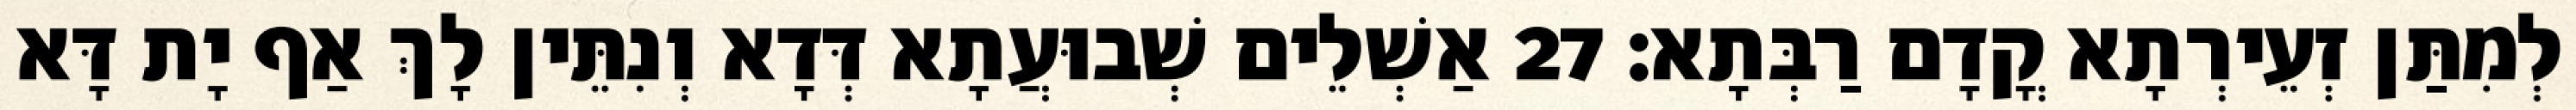
לְמִתַּן זְעֵירְתָא קֳדָם רַבְּתָא׃ 27 אַשְׁלֵים שְׁבוּעֲתָא דְּדָא וְנִתֵּין לָךְ אַף יָת דָּא